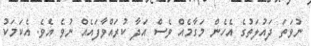
ނުވަތަ ދައުލަތުގެ އެހެން މަގާމެއް ވެސް އަދާ ކުރައްވާފައެއް ނުވެ އެވެ. އެކަމަކު